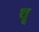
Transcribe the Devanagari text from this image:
थ़्रू